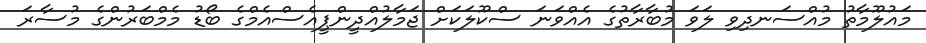
މައުލޫމާތު މުއްސަނދިވި ލަވަ މުބާރާތުގެ އެއްވަނަ ސްކޫލަކަށް ޖަމާލުއްދީންޕީއެސްއެމްގެ ބޯޑު މެމްބަރުންގެ މުސާރަ